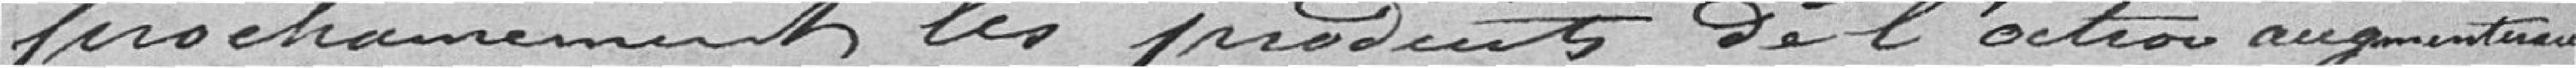
prochainement les produits de l'octroi augmenteraient